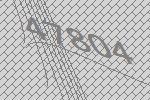
47804